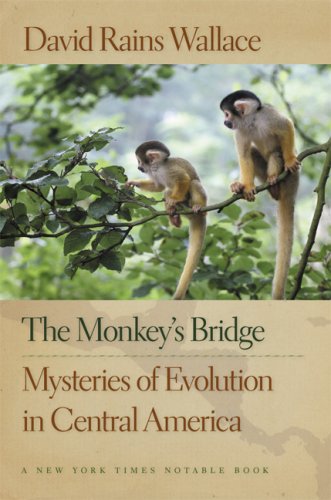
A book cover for The Monkey's Bridge: Mysteries of Evolution in Central America; David Wallace; Science & Math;